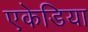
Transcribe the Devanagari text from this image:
एकेडिया